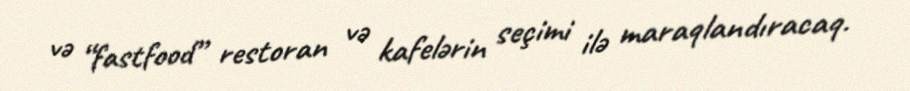
və “fastfood” restoran və kafelərin seçimi ilə maraqlandıracaq.